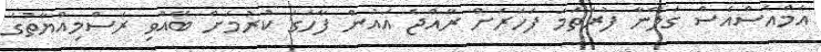
އެމްއެސްއެސް ގަލޭނާ ފުރަތަމަ ފަހަރަށް ރާއްޖެ އައުން ފާހަގަ ކުރުމަށް ބޭއްވި ރަސްމިއްޔާތުގެ